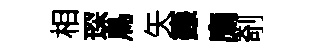
相琛鳥矢籙廌剞